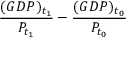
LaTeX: { \frac { ( G D P ) _ { t _ { 1 } } } { P _ { t _ { 1 } } } } - { \frac { ( G D P ) _ { t _ { 0 } } } { P _ { t _ { 0 } } } }